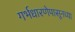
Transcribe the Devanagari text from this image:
गर्भधारणेपासूनच्या